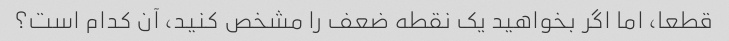
قطعا، اما اگر بخواهید یک نقطه ضعف را مشخص کنید، آن کدام است؟